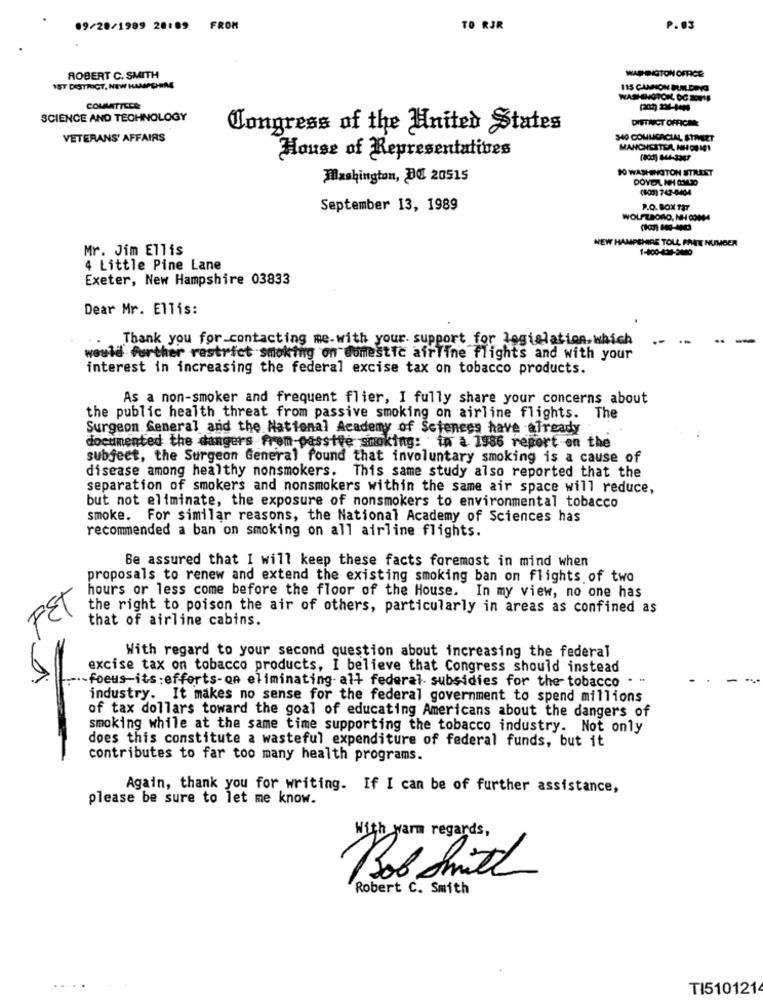
09/28/1989 28:89 FROM
TO RJR
P.03
WARDIGTON OFFICE
ROBERT C. SMITH
1ST DISTRICT, NEW HAMPEINNE
115 CANHON BA DING
WASHINGTON, DC 20018
COMLATTECE:
SCIENCE AND TECHNOLOGY
DISTRICT OFFICE
Congress of the United States
VETERANS' AFFAIRS
340 COMLICACIAL STREET
MANCHESTER, HE OUIG!
House of Representatives
(800) 644-3367
10 WASHINGTON STREET
Washington, DC 20515
DOYOL NH OMLIO
(600) 742-0404
September 13, 1989
P.O. BOX TAT
NEW HAMPSHIRE TOLL FREE NUMBER
Mr. Jim Ellis
4 Little Pine Lane
Exeter, New Hampshire 03833
Dear Mr. Ellis:
Thank you for contacting me-with your. support for legislation, which
would further restrict smoking on domestic airline flights and with your
interest in increasing the federal excise tax on tobacco products.
As a non-smoker and frequent flier, I fully share your concerns about
the public health threat from passive smoking on airline flights. The
Surgeon General and the National Academy of Sciences have already
documented the dangers frem-passive smoking: in a 1986 report on the
subject, the Surgeon General found that involuntary smoking is a cause of
disease among healthy nonsmokers. This same study also reported that the
separation of smokers and nonsmokers within the same air space will reduce,
but not eliminate, the exposure of nonsmokers to environmental tobacco
smoke. For similar reasons, the National Academy of Sciences has
recommended a ban on smoking on all airline flights.
Be assured that I will keep these facts foremost in mind when
proposals to renew and extend the existing smoking ban on flights of two
hours or less come before the floor of the House. In my view, no one has
FET
the right to poison the air of others, particularly in areas as confined as
that of airline cabins.
With regard to your second question about increasing the federal
excise tax on tobacco products, I believe that Congress should instead
..... focus-its ; efforts-on eliminating all federal subsidies for the tobacco . .
industry. It makes no sense for the federal government to spend millions
of tax dollars toward the goal of educating Americans about the dangers of
smoking while at the same time supporting the tobacco industry. Not only
does this constitute a wasteful expenditure of federal funds, but it
contributes to far too many health programs.
Again, thank you for writing. If I can be of further assistance,
please be sure to let me know.
With warm regards,
Bob Shit
Robert C. Smith
TI5101214